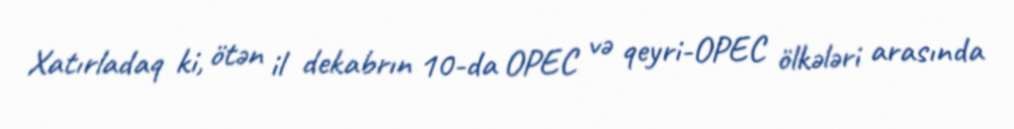
Xatırladaq ki, ötən il dekabrın 10-da OPEC və qeyri-OPEC ölkələri arasında